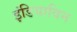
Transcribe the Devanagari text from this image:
इंडियाविन